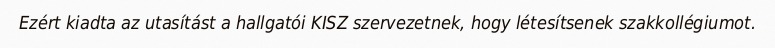
Ezért kiadta az utasítást a hallgatói KISZ szervezetnek, hogy létesítsenek szakkollégiumot.